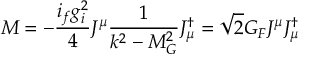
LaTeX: { \cal M } = - \frac { i _ { f } g _ { i } ^ { 2 } } { 4 } J ^ { \mu } \frac { 1 } { k ^ { 2 } - M _ { G } ^ { 2 } } J _ { \mu } ^ { \dagger } = \sqrt { 2 } G _ { F } J ^ { \mu } J _ { \mu } ^ { \dagger }